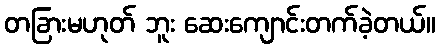
တခြားမဟုတ် ဘူး ဆေးကျောင်းတက်ခဲ့တယ်။